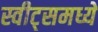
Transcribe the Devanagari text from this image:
स्वीट्‌समध्ये